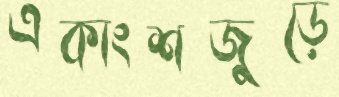
একাংশজুড়ে